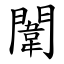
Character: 闈